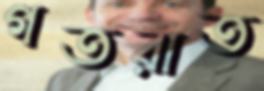
গতরাত